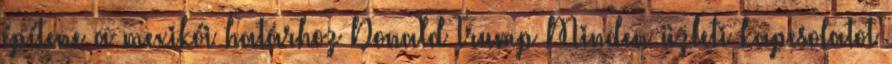
építene a mexikói határhoz Donald Trump Minden üzleti kapcsolatot